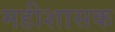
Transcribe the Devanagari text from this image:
महीशासक